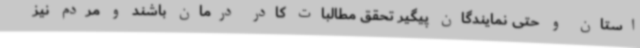
استان و حتی نمایندگان پیگیر تحقق مطالبات کادر درمان باشند و مردم نیز